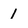
Character: 1